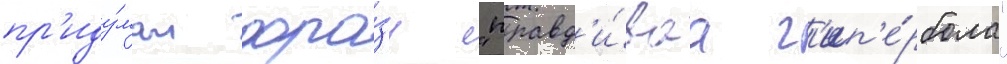
пр'иду́мал фра́зу "правд'и́ваа г'ип'е́рбола"